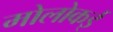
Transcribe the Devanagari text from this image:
मोलोकई